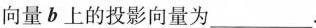
向量b上的投影向量为___.